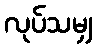
လုပ်သမျှ